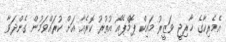
އެމެރިކާގެ ޚާރިޖީ ވަޒީރު މައިކް ޕޮމްޕެއޯ އުތުުރު ކޮރެއާ އަށް ކުރައްވަމުން ގެންދަވާ